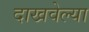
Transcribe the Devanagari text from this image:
दाखवेल्या